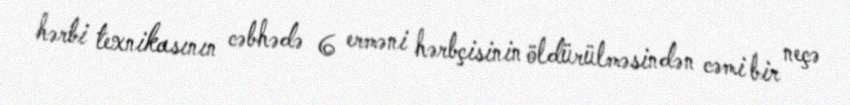
hərbi texnikasının cəbhədə 6 erməni hərbçisinin öldürülməsindən cəmi bir neçə